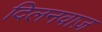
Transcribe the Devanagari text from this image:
दिलनवाज़